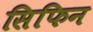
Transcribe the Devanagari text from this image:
सिफिन